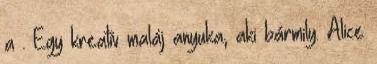
a . Egy kreatív maláj anyuka, aki bármily. Alice